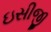
ઇસીજી